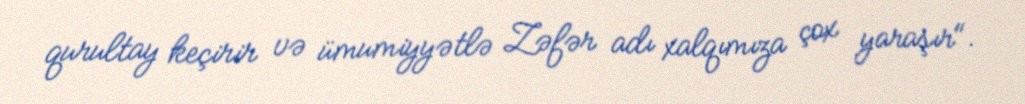
qurultay keçirir və ümumiyyətlə Zəfər adı xalqımıza çox yaraşır".